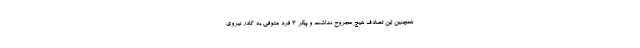
همچنین این تصادف هیچ مجروح نداشت و پیکر 3 فرد متوفی به کادر نیروی